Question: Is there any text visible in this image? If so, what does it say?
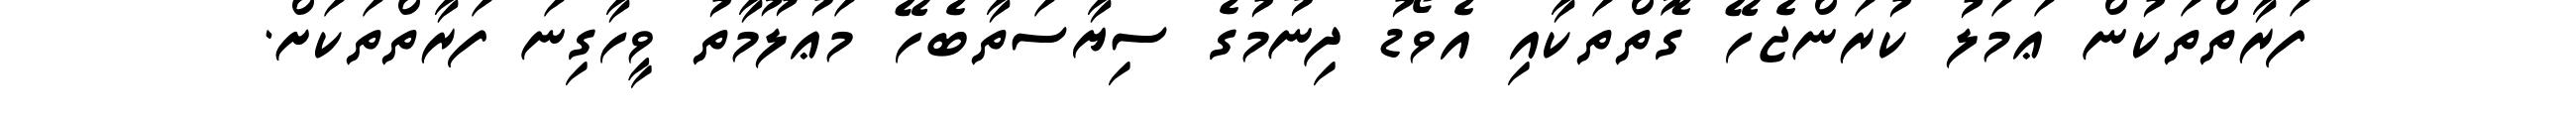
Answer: ފަރާތްތަކުން ޢަމަލު ކުރަންޖެހޭ ގޮތްތަކާއި އެވޯޑު ދިނުމުގެ ސިޔާސަތާބެހޭ މަޢުލޫމާތު ވީހާގިނަ ފަރާތްތަކަށް.